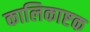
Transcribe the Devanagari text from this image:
कालिकाष्टक